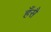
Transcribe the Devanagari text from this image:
हँसै